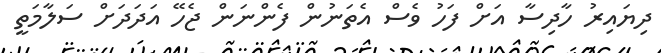
ދިޔައިރު ހާދިސާ އަށް ފަހު ވެސް އެތަނުން ފެންނަން ޖެހޭ އަދަދަށް ސަލާމަތީ